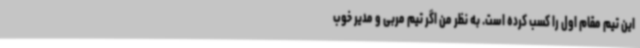
این تیم مقام اول را کسب کرده است. به نظر من اگر تیم مربی و مدیر خوب